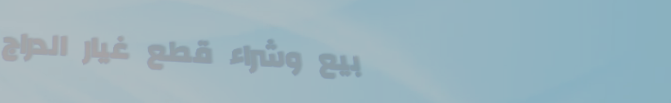
بيع وشراء قطع غيار الدراج